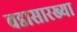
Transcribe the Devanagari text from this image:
वडासारख्या